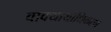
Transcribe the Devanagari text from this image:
वाक्यार्थाधिकरण